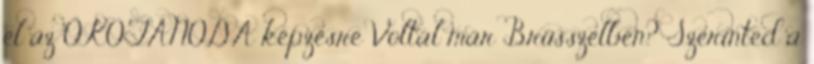
el az ÖKOTANODA képzésre Voltál már Brüsszelben? Szerinted a